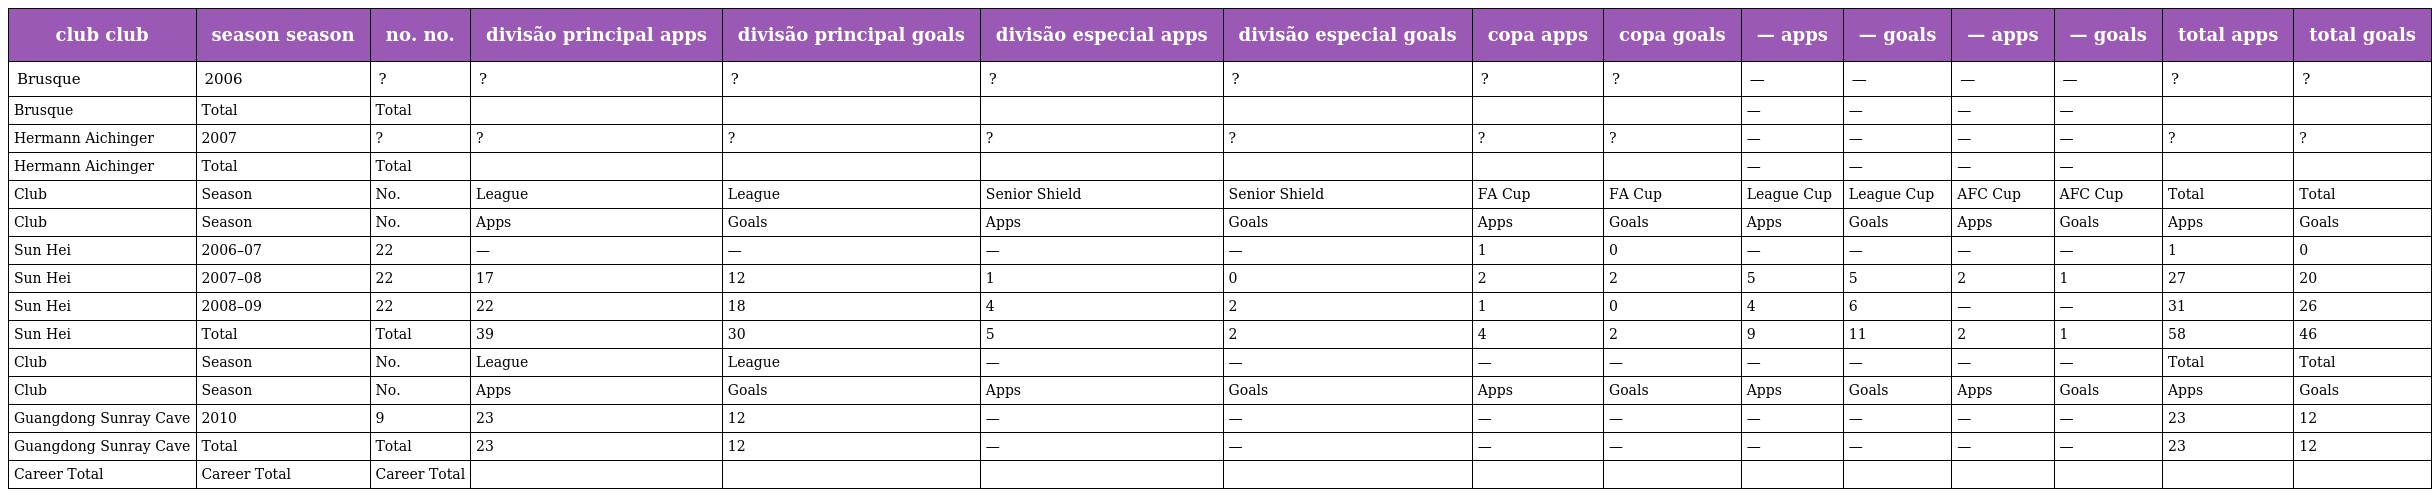
| club club | season season | no. no. | divisão principal apps | divisão principal goals | divisão especial apps | divisão especial goals | copa apps | copa goals | — apps | — goals | — apps | — goals | total apps | total goals |
 | --- | --- | --- | --- | --- | --- | --- | --- | --- | --- | --- | --- | --- | --- | --- |
 | Brusque | 2006 | ? | ? | ? | ? | ? | ? | ? | — | — | — | — | ? | ? |
 | Brusque | Total | Total |  |  |  |  |  |  | — | — | — | — |  |  |
 | Hermann Aichinger | 2007 | ? | ? | ? | ? | ? | ? | ? | — | — | — | — | ? | ? |
 | Hermann Aichinger | Total | Total |  |  |  |  |  |  | — | — | — | — |  |  |
 | Club | Season | No. | League | League | Senior Shield | Senior Shield | FA Cup | FA Cup | League Cup | League Cup | AFC Cup | AFC Cup | Total | Total |
 | Club | Season | No. | Apps | Goals | Apps | Goals | Apps | Goals | Apps | Goals | Apps | Goals | Apps | Goals |
 | Sun Hei | 2006–07 | 22 | — | — | — | — | 1 | 0 | — | — | — | — | 1 | 0 |
 | Sun Hei | 2007–08 | 22 | 17 | 12 | 1 | 0 | 2 | 2 | 5 | 5 | 2 | 1 | 27 | 20 |
 | Sun Hei | 2008–09 | 22 | 22 | 18 | 4 | 2 | 1 | 0 | 4 | 6 | — | — | 31 | 26 |
 | Sun Hei | Total | Total | 39 | 30 | 5 | 2 | 4 | 2 | 9 | 11 | 2 | 1 | 58 | 46 |
 | Club | Season | No. | League | League | — | — | — | — | — | — | — | — | Total | Total |
 | Club | Season | No. | Apps | Goals | Apps | Goals | Apps | Goals | Apps | Goals | Apps | Goals | Apps | Goals |
 | Guangdong Sunray Cave | 2010 | 9 | 23 | 12 | — | — | — | — | — | — | — | — | 23 | 12 |
 | Guangdong Sunray Cave | Total | Total | 23 | 12 | — | — | — | — | — | — | — | — | 23 | 12 |
 | Career Total | Career Total | Career Total |  |  |  |  |  |  |  |  |  |  |  |  |